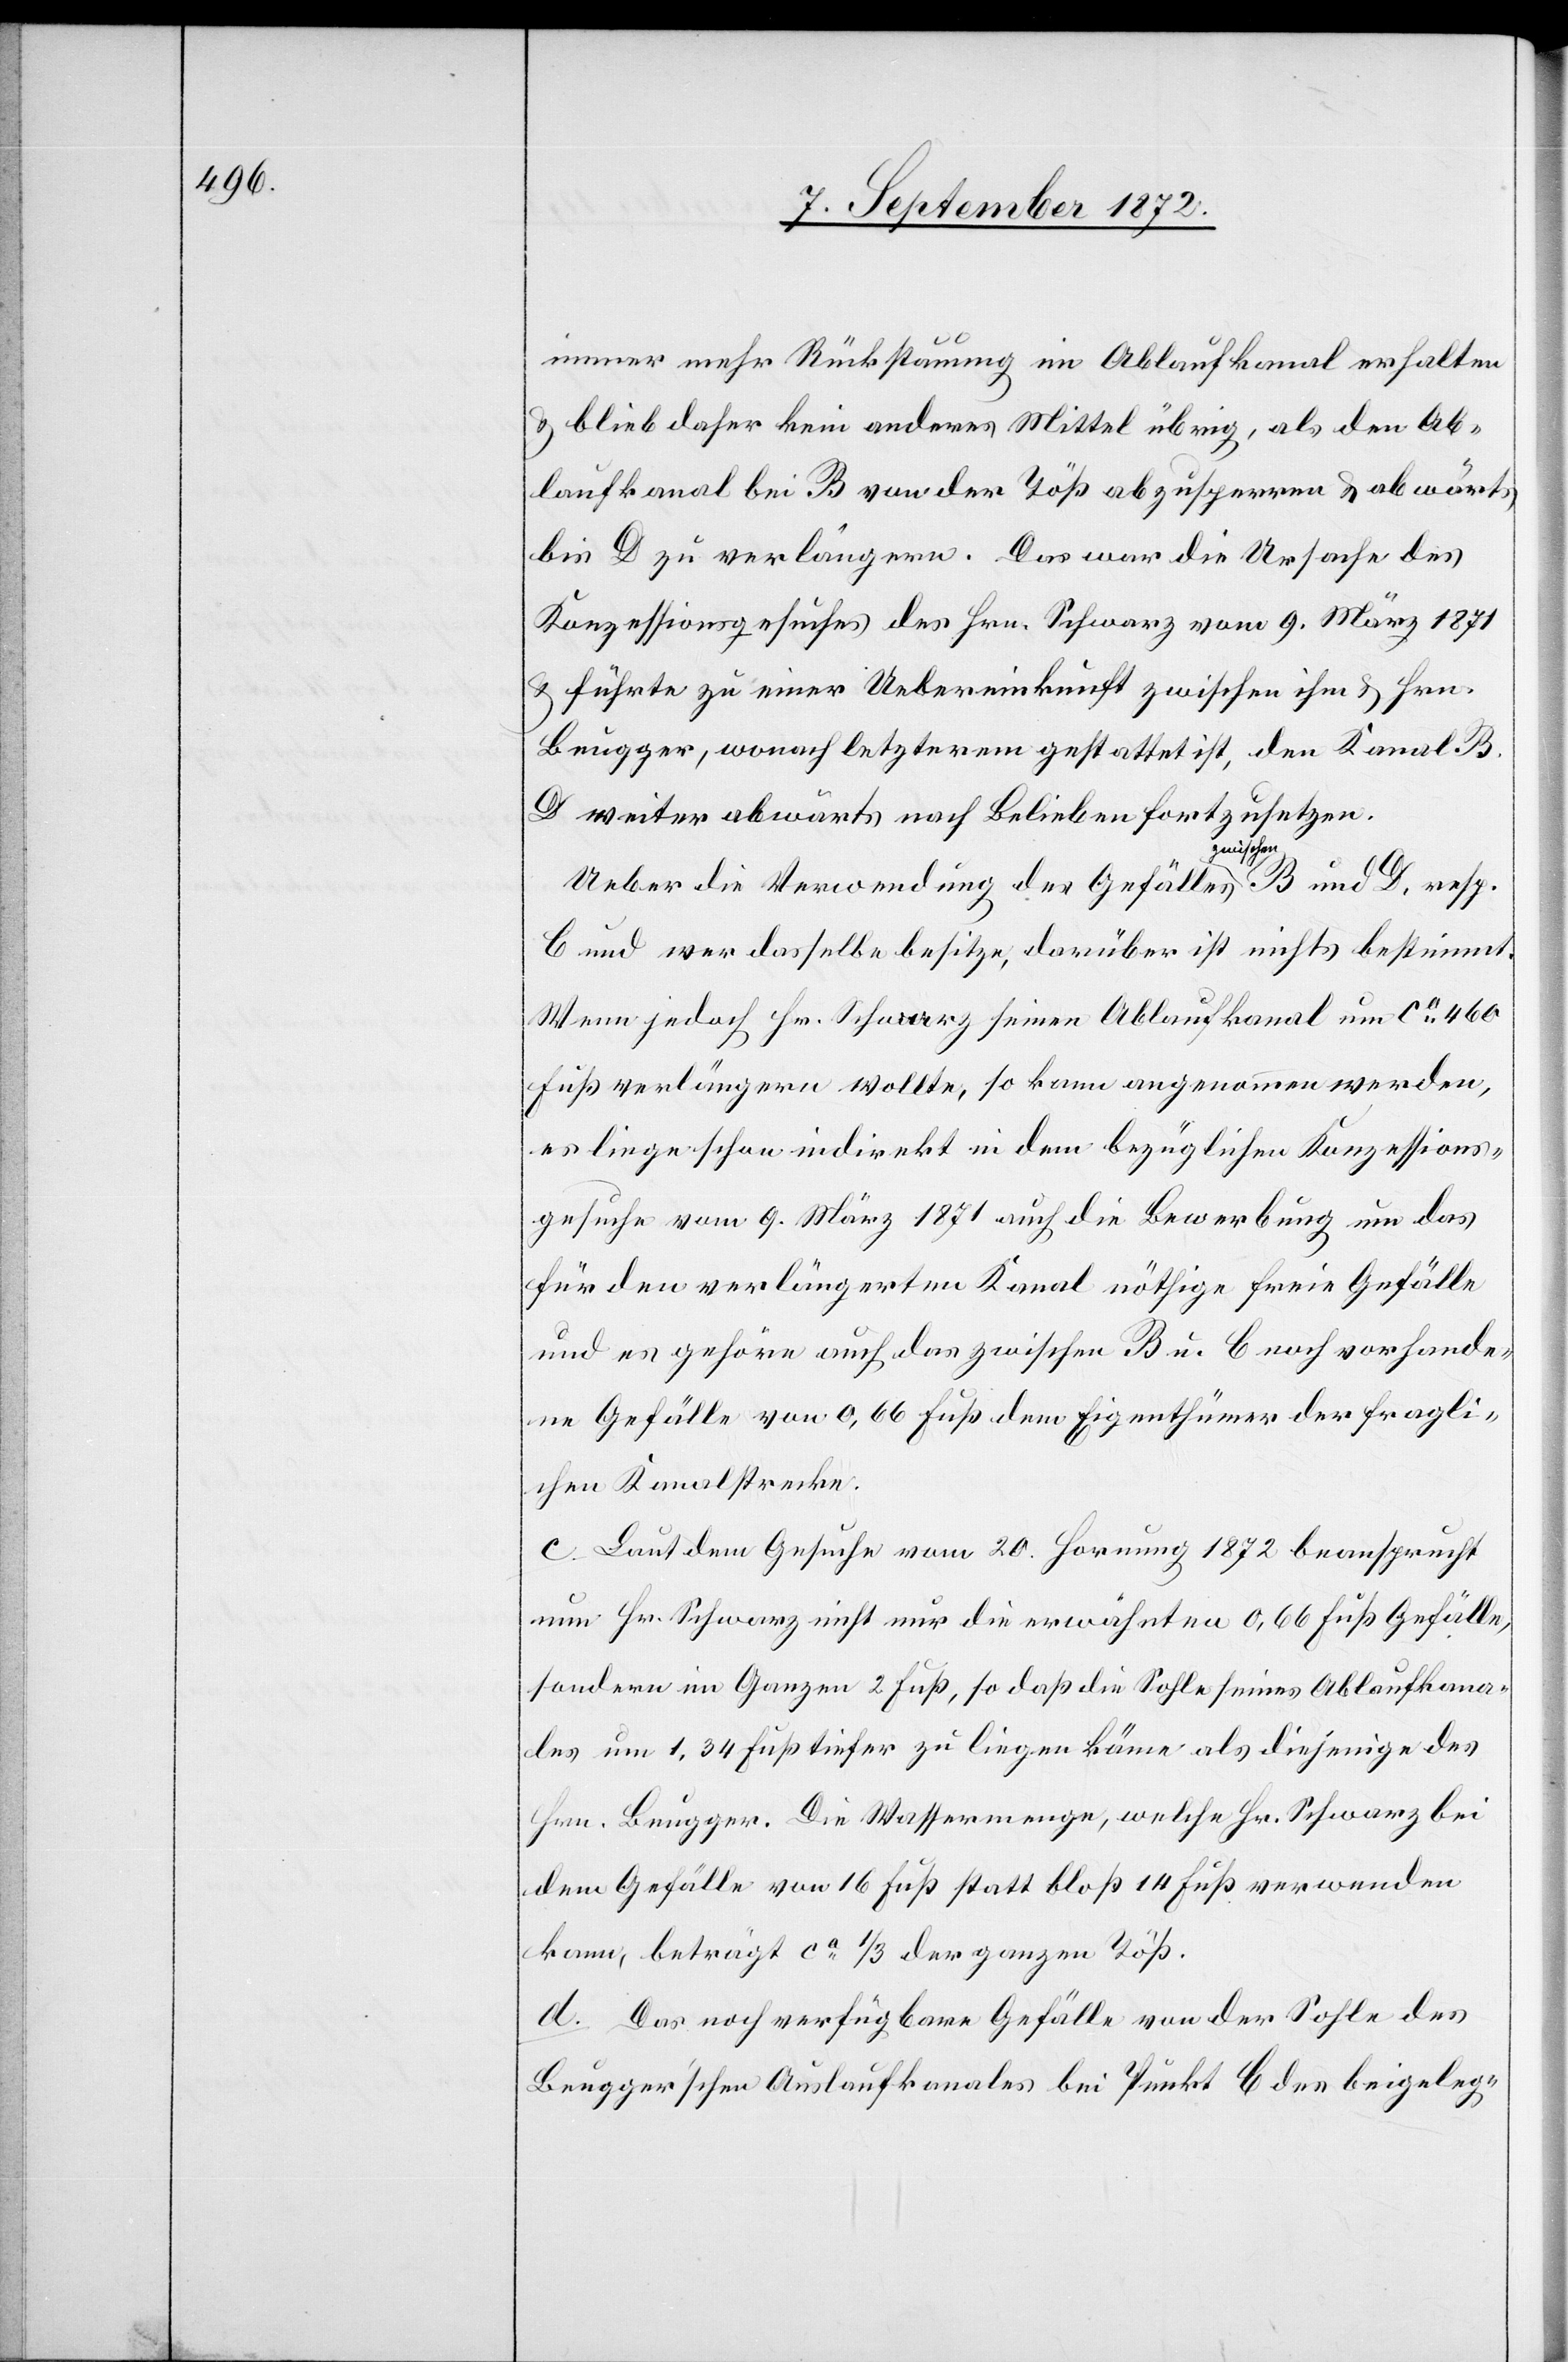
immer mehr Rückstauung im Ablaufkanal erhalten
u. blieb daher kein anderes Mittel übrig, als den Ab¬
laufkanal bei B von der Töß abzusperren u. abwärts
bis D zu verlängern. Das war die Ursache des
Konzessionsgesuches des Hrn. Schwarz vom 9. März 1871
u. führte zu einer Uebereinkunft zwischen ihm u. Hrn.
Beugger, wonach letzterem gestattet ist, den Kanal B
weiter abwärts nach Belieben fortzusetzen.
Ueber die Verwendung des Gefälles zwischen B und D, resp.
b und wer dasselbe besitze, darüber ist nichts bestimmt.
Wenn jedoch Hr. Schwarz seinen Ablaufkanal um ca 460
Fuß verlängern wollte, so kann angenommen werden,
es liege schon indirekt in dem bezüglichen Konzessions¬
gesuche vom 9. März 1871 auch die Bewerbung um das
für den verlängerten Kanal nöthige freie Gefälle
und es gehöre auch das zwischen B. u b. noch vorhande¬
ne Gefälle von 0,66 Fuß dem Eigenthümer der fragli¬
chen Kanalstrecke.
c. Laut dem Gesuche vom 20. Hornung 1872 beansprucht
nun Hr. Schwarz nicht nur die erwähnten 0,66 Fuß Gefälle,
sondern im Ganzen 2 Fuß, so daß die Sohle seines Ablaufkana¬
les um 1,34 Fuß tiefer zu liegen käme als diejenige des
Hrn. Beugger. Die Wassermenge, welche Hr. Schwarz bei
dem Gefälle von 16 Fuß statt bloss 14 Fuß verwenden
kann, beträgt ca 1/3 der ganzen Töß.
d. Das noch verfügbare Gefälle von der Sohle des
Beugger’schen Auslaufkanales bei Punkt b des beigeleg-